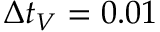
\Delta t _ { V } = 0 . 0 1